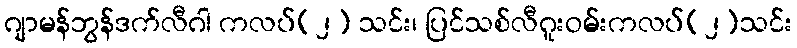
ဂျာမန်ဘွန်ဒက်လီဂါ ကလပ်(၂) သင်း၊ ပြင်သစ်လီဂူးဝမ်းကလပ်(၂)သင်း